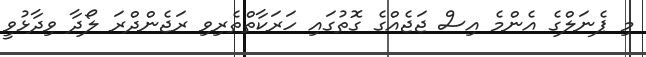
މި ޕެނަލްގެ އެންމެ އިސް ޖަޖެއްގެ ގޮތުގައި ހަރަކާތްތެރިވި ރަޖެންދްރަ ލޯދާ ވިދާޅުވީ